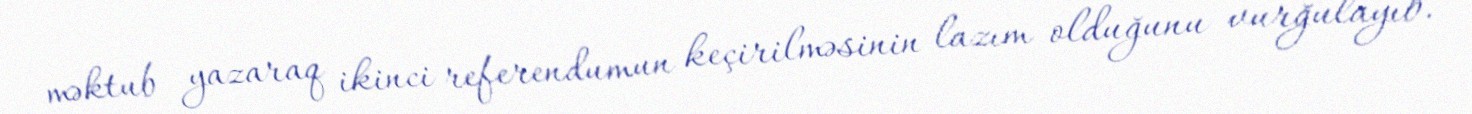
məktub yazaraq ikinci referendumun keçirilməsinin lazım olduğunu vurğulayıb.